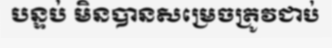
បន្ទប់ មិនបានសម្រេចត្រូវជាប់